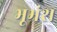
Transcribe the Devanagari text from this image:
भूभ्रंश